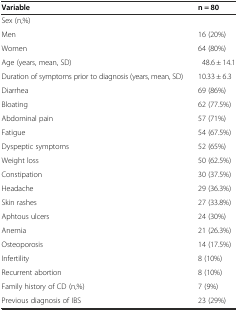
<table><thead><tr><td><b>Variable</b></td><td><b>n = 80</b></td></tr></thead><tbody><tr><td>Sex (n,%)</td><td>[EMPTY_CELL]</td></tr><tr><td>Men</td><td>16 (20%)</td></tr><tr><td>Women</td><td>64 (80%)</td></tr><tr><td>Age (years, mean, SD)</td><td>48.6 ± 14.1</td></tr><tr><td>Duration of symptoms prior to diagnosis (years, mean, SD)</td><td>10.33 ± 6.3</td></tr><tr><td>Diarrhea</td><td>69 (86%)</td></tr><tr><td>Bloating</td><td>62 (77.5%)</td></tr><tr><td>Abdominal pain</td><td>57 (71%)</td></tr><tr><td>Fatigue</td><td>54 (67.5%)</td></tr><tr><td>Dyspeptic symptoms</td><td>52 (65%)</td></tr><tr><td>Weight loss</td><td>50 (62.5%)</td></tr><tr><td>Constipation</td><td>30 (37.5%)</td></tr><tr><td>Headache</td><td>29 (36.3%)</td></tr><tr><td>Skin rashes</td><td>27 (33.8%)</td></tr><tr><td>Aphtous ulcers</td><td>24 (30%)</td></tr><tr><td>Anemia</td><td>21 (26.3%)</td></tr><tr><td>Osteoporosis</td><td>14 (17.5%)</td></tr><tr><td>Infertility</td><td>8 (10%)</td></tr><tr><td>Recurrent abortion</td><td>8 (10%)</td></tr><tr><td>Family history of CD (n,%)</td><td>7 (9%)</td></tr><tr><td>Previous diagnosis of IBS</td><td>23 (29%)</td></tr></tbody></table>